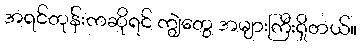
အရင်တုန်းကဆိုရင် ကျွဲတွေ အများကြီးရှိတယ်။